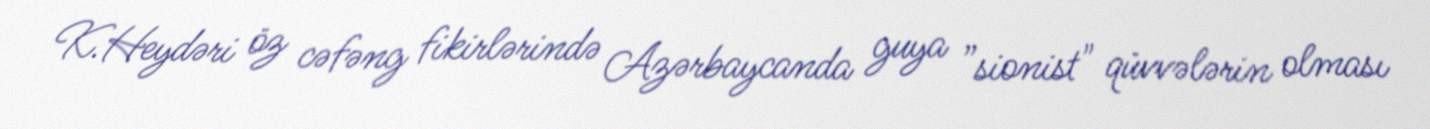
K.Heydəri öz cəfəng fikirlərində Azərbaycanda guya ”sionist" qüvvələrin olması